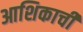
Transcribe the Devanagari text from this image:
आशिकाची